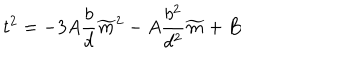
t ^ { 2 } = - 3 A \frac { b } { d } \widetilde { m } ^ { 2 } - A \frac { b ^ { 2 } } { d ^ { 2 } } \widetilde { m } + B